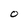
Character: o